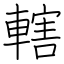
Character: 轄